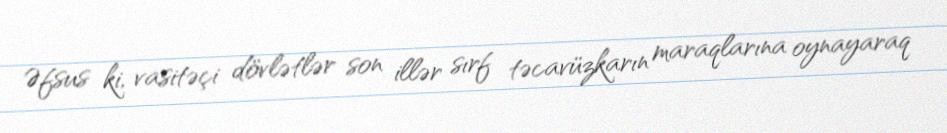
Əfsus ki, vasitəçi dövlətlər son illər sırf təcavüzkarın maraqlarına oynayaraq